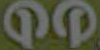
QP